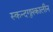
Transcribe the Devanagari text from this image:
स्कन्दगुप्तकालीन